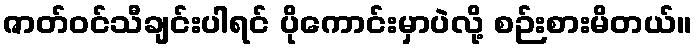
ဇာတ်ဝင်သီချင်းပါရင် ပိုကောင်းမှာပဲလို့ စဉ်းစားမိတယ်။